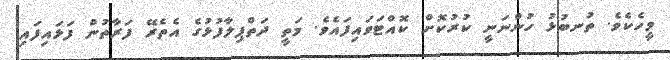
މީހެކެވެ. ތުނބުޅު ހުންނަނީ ކުރުކޮށް ކޮއްޓަވައިފައެވެ. މަތީ ދަތްޕިލާފުޅުގެ އެތެރޭ ފަރާތުން ފަޅައިފައި